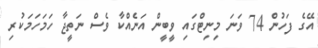
އޭގެ ފަހުން 74 ވަނަ މިނިޓްގައި ވީބީން އަނެއްކާ ވެސް ނަތީޖާ ހަމަހަމަކުރި